Indian journal of veterinary science and animal husbandry - Volume 9,
Year: 1939
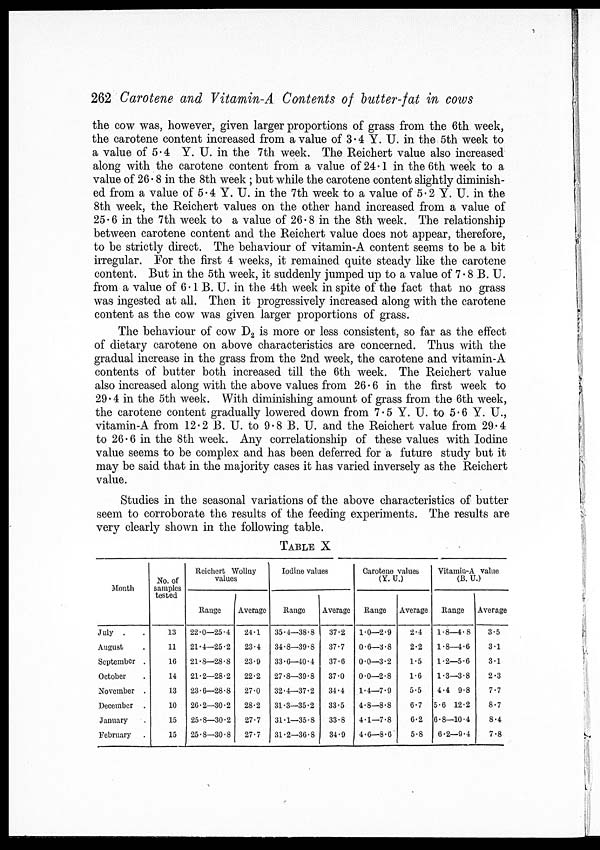
262 Carotene and Vitamin-A Contents of butter-fat in cows
the cow was, however, given larger proportions of grass from the 6th week,
the carotene content increased from a value of 3.4 Y. U. in the 5th week to
a value of 5.4 Y. U. in the 7th week. The Reichert value also increased
along with the carotene content from a value of 24.1 in the 6th week to a
value of 26.8 in the 8th week ; but while the carotene content slightly diminish-
ed from a value of 5.4 Y. U. in the 7th week to a value of 5.2 Y. U. in the
8th week, the Reichert values on the other hand increased from a value of
25.6 in the 7th week to a value of 26.8 in the 8th week. The relationship
between carotene content and the Reichert value does not appear, therefore,
to be strictly direct. The behaviour of vitamin-A content seems to be a bit
irregular. For the first 4 weeks, it remained quite steady like the carotene
content. But in the 5th week, it suddenly jumped up to a value of 7.8 B. U.
from a value of 6.1 B. U. in the 4th week in spite of the fact that no grass
was ingested at all. Then it progressively increased along with the carotene
content as the cow was given larger proportions of grass.
The behaviour of cow D 2 is more or less consistent, so far as the effect
of dietary carotene on above characteristics are concerned. Thus with the
gradual increase in the grass from the 2nd week, the carotene and vitamin-A
contents of butter both increased till the 6th week. The Reichert value
also increased along with the above values from 26.6 in the first week to
29.4 in the 5th week. With diminishing amount of grass from the 6th week,
the carotene content gradually lowered down from 7.5 Y. U. to 5.6 Y. U.,
vitamin-A from 12.2 B. U. to 9.8 B. U. and the Reichert value from 29.4
to 26.6 in the 8th week. Any correlationship of these values with Iodine
value seems to be complex and has been deferred for a future study but it
may be said that in the majority cases it has varied inversely as the Reichert
value.
Studies in the seasonal variations of the above characteristics of butter
seem to corroborate the results of the feeding experiments. The results are
very clearly shown in the following table.
TABLE X
Month
July . .
August .
September .
October .
November .
December .
January .
February .
No. of
samples
tested
13
11
16
14
13
10
15
15
Reichert Wollny
values
Range
22.0—25.4
21.4—25.2
21.8—28.8
21.2—28.2
23.6—28.8
26.2—30.2
25.8—30.2
25.8—30.8
Average
24.1
23.4
23.9
22.2
27.0
28.2
27.7
27.7
Iodine values
Range
35.4—38.8
34.8—39.8
33.6—40.4
27.8—39.8
32.4—37.2
31.3—35.2
31.1—35.8
31.2—36.8
Average
37.2
37.7
37.6
37.0
34.4
33.5
33.8
34.9
Carotene values
(Y. U.)
Range
1.0—2.9
0.6—3.8
0.0—3.2
0.0—2.8
1.4—7.9
4.8—8.8
4.1—7.8
4.6—8.6
Average
2.4
2.2
1.5
1.6
5.5
6.7
6.2
5.8
Vitamin-A value
(B. U.)
Range
1.8—4.8
1.8—4.6
1.2—5.6
1.3—3.8
4.4—9.8
5.6—12.2
6.8—10.4
6.2—9.4
Average
3.5
3.1
3.1
2.3
7.7
8.7
8.4
7.8